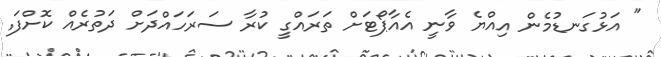
" އަޅުގަނޑުމެން އިއްޔެ ވާނީ އެއާޕޯޓަށް ތަރައްގީ ކުރާ ސަރަހައްދަށް ދަތުރެއް ކޮށްފަ